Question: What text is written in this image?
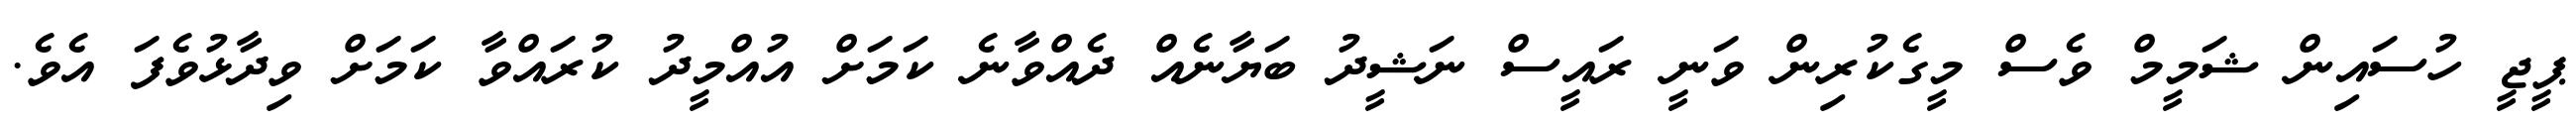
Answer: ޕީޖީ ހުސައިން ޝަމީމް ވެސް މީގެކުރިން ވަނީ ރައީސް ނަޝީދު ބަޔާނެއް ދެއްވާނެ ކަމަށް އުއްމީދު ކުރައްވާ ކަމަށް ވިދާޅުވެފަ އެވެ.